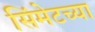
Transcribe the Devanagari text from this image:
सिंमेटच्या